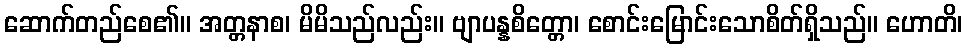
ဆောက်တည်စေ၏။ အတ္တနာစ၊ မိမိသည်လည်း။ ဗျာပန္နစိတ္တော၊ စောင်းမြောင်းသောစိတ်ရှိသည်။ ဟောတိ၊